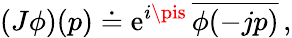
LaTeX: (J\phi)(p)\doteq\mathrm{e}^{i\pis}\, \overline{{{{\phi(-jp)}}}}\, ,